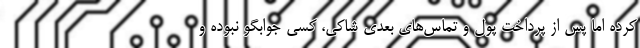
کرده اما پس از پرداخت پول و تماس‌های بعدی شاکی، کسی جوابگو نبوده و